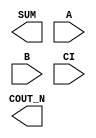
module sky130_fd_sc_hs__fahcon (
    COUT_N,
    SUM   ,
    A     ,
    B     ,
    CI
);

    output COUT_N;
    output SUM   ;
    input  A     ;
    input  B     ;
    input  CI    ;

    // Voltage supply signals
    supply1 VPWR;
    supply0 VGND;

endmodule